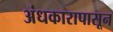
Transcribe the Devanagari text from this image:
अंधकारापासून